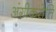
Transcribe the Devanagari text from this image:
अंगीकरोति